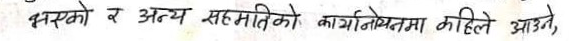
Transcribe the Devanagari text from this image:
भएको र अन्य सहमतिको कार्यलोभीतामा कहिले आउने,